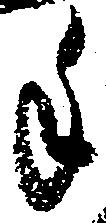
手